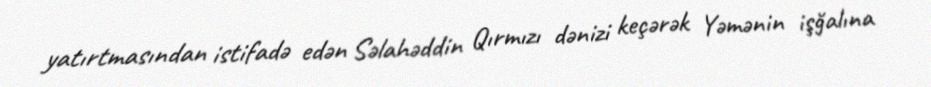
yatırtmasından istifadə edən Səlahəddin Qırmızı dənizi keçərək Yəmənin işğalına